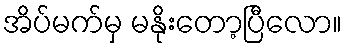
အိပ်မက်မှ မနိုးတော့ပြီလော။